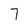
Character: 7